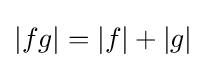
|fg|=|f|+|g|